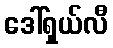
ဒေါ်ရှယ်လီ